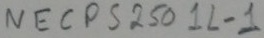
Text: NECPS250 1L